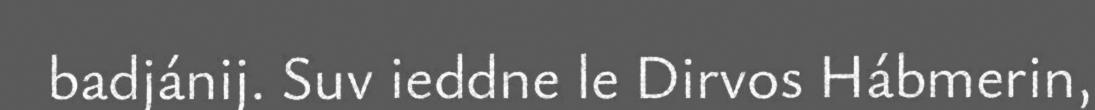
badjánij. Suv ieddne le Dirvos Hábmerin,